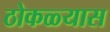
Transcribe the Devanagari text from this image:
ठोकळ्यास